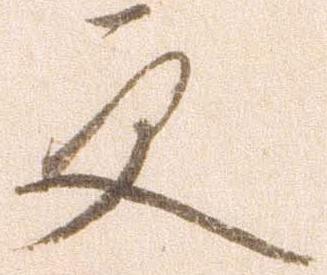
更